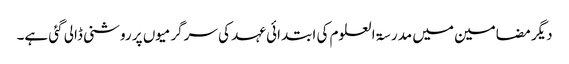
دیگر مضامین میں مدرسۃ العلوم کی ابتدائی عہد کی سرگرمیوں پر روشنی ڈالی گئی ہے۔